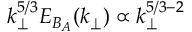
k _ { \perp } ^ { 5 / 3 } E _ { B _ { A } } ( k _ { \perp } ) \propto k _ { \perp } ^ { 5 / 3 - 2 }